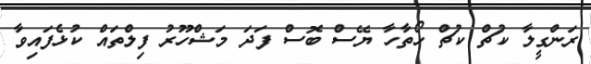
ރަންގީލާ ކުޗް ކުޗް ހޯތާހާ ޔޭސް ބޮސް ފަދަ މަޝްހޫރު ފިލްތައް ކުޅެފައިވާ